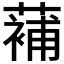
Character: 𮑱